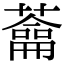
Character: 𦿈